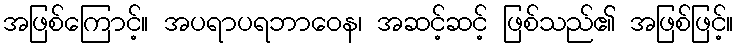
အဖြစ်ကြောင့်။ အပရာပရဘာဝေန၊ အဆင့်ဆင့် ဖြစ်သည်၏ အဖြစ်ဖြင့်။